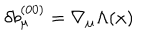
\delta b _ { \mu } ^ { ( 0 0 ) } = \nabla _ { \mu } \Lambda ( x )